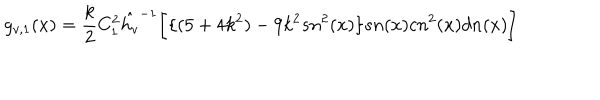
LaTeX: g _ { v , 1 } ( x ) = \frac { k } { 2 } C _ { 1 } ^ { 2 } { \hat { h _ { v } } } ^ { - 1 } \bigg [ \{ ( 5 + 4 k ^ { 2 } ) - 9 k ^ { 2 } s n ^ { 2 } ( x ) \} s n ( x ) c n ^ { 2 } ( x ) d n ( x ) \bigg ]